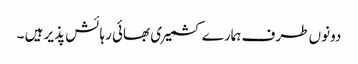
دونوں طرف ہمارے کشمیری بھائی رہائش پذیر ہیں ۔